Investigations on Bengal jail dietaries - Number 37
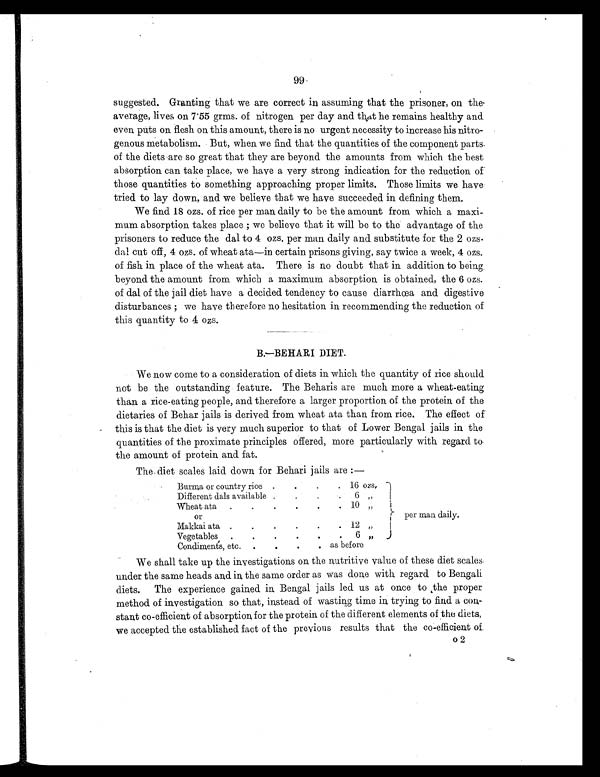
99
suggested. Granting that we are correct in assuming that the prisoner, on the-
average, lives on 7.55 grms. of nitrogen per day and that he remains healthy and
even puts on flesh on this amount, there is no urgent necessity to increase his nitro-
genous metabolism. But, when we find that the quantities of the component parts
of the diets are so great that they are beyond the amounts from which the best
absorption can take place, we have a very strong indication for the reduction of
those quantities to something approaching proper limits. Those limits we have
tried to lay down, and we believe that we have succeeded in defining them.
We find 18 ozs. of rice per man daily to be the amount from which a maxi-
mum absorption takes place ; we believe that it will be to the advantage of the
prisoners to reduce the dal to 4 ozs. per man daily and substitute for the 2 ozs
dal cut off, 4 ozs. of wheat ata—in certain prisons giving, say twice a week, 4 ozs.
of fish in place of the wheat ata. There is no doubt that in addition to being
beyond the amount from which a maximum absorption is obtained, the 6 ozs.
of dal of the jail diet have a decided. tendency to cause diarrhœa and digestive
disturbances ; we have therefore no hesitation in recommending the reduction of
this quantity to 4 ozs.
B.—BEHARI DIET.
We now come to a consideration of diets in which the quantity of rice should
not be the outstanding feature. The Beharis are much more a wheat-eating
than a rice-eating people, and therefore a larger proportion of the protein of the
dietaries of Behar jails is derived from wheat ata than from rice. The effect of
this is that the diet is very much superior to that of Lower Bengal jails in the
quantities of the proximate principles offered, more particularly with regard to
the amount of protein and fat.
The diet scales laid down for Behari jails are :—
Burma or country rice .
.
. . 16 ozs,
per man daily.
Different dals available .
.
.
. 6
„
Wheat ata .
.
.
.
. . 10 „
or
Makkai ata .
.
.
.
.
.
12 „
Vegetable
. .
.
.
.
. 6 „
Condiments, etc.
.
.
. . as before
We shall take up the investigations on the nutritive value of these diet scales
under the same heads and. in the same order as was done with regard to Bengali
diets. The experience gained in Bengal jails led us at once to the proper
method of investigation so that, instead of wasting time in trying to find a con-
stant co-efficient of absorption for the protein of the different elements of the diets,
we accepted the established. fact of the previous results that the co-efficient of